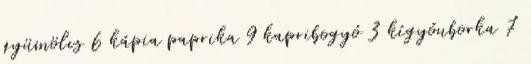
gyümölcs 6 kápia paprika 9 kapribogyó 3 kígyóuborka 7